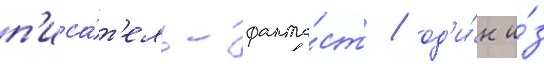
п'иса́т'ель-фанта́ст / од'и́н и́з